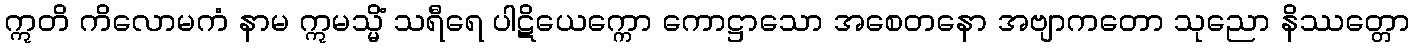
ဣတိ ကိလောမကံ နာမ ဣမသ္မိံ သရီရေ ပါဋိယေက္ကော ကောဋ္ဌာသော အစေတနော အဗျာကတော သုညော နိဿတ္တော